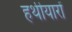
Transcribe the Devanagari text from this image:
हथीयारों